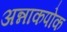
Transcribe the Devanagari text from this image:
अन्नाकपोक